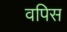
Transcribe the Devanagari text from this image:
वपिस